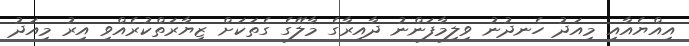
އިއްޔެއާއި މިއަދު ހެނދުނު ވިލިމާފަންނު ދާއިރާގެ މާލޭގެ ގެތަކަށް ޒިޔާރަތްކުރެއްވި އިރު މިއަދު